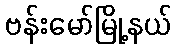
ဗန်းမော်မြို့နယ်